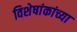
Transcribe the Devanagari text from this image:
विशेषांकांच्या